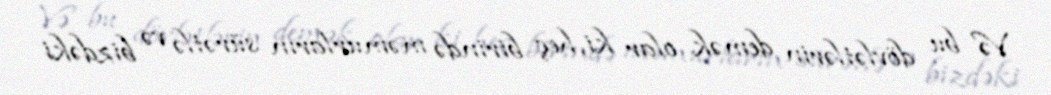
Və bu dövlətlərin demək olar ki, heç birində məmurların sürətlə və bizdəki